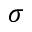
\sigma